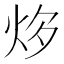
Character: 𤇔